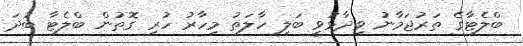
ބްލެޓާގެ ތަރުޖަމާނު ވިދާޅުވީ ބަލި ހާލަތު މިހާރު ހުރި ގޮތުން ބްލެޓާ ބުދަ